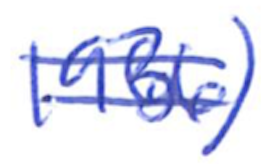
Text: 1936)
Cross-out: double-line
Writing tool: ballpoint